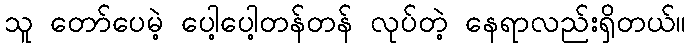
သူ တော်ပေမဲ့ ပေါ့ပေါ့တန်တန် လုပ်တဲ့ နေရာလည်းရှိတယ်။